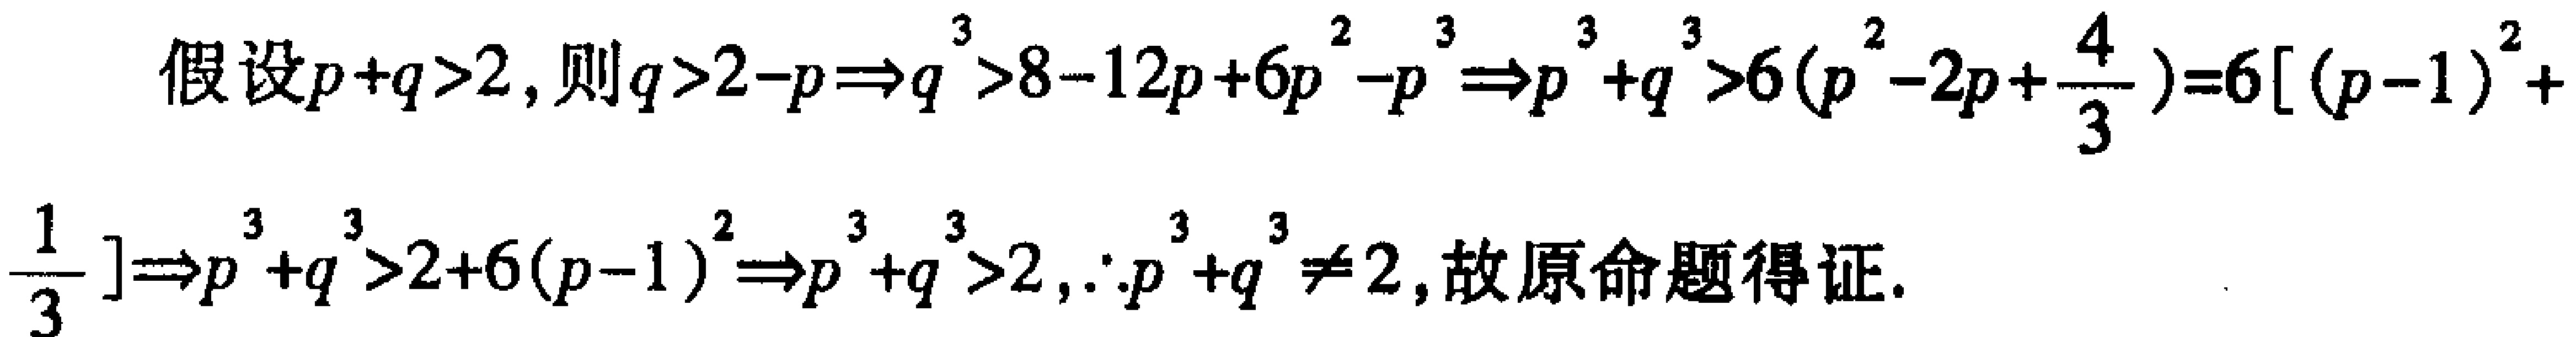
假设\(p + q>2\)，则\(q>2 - p\Rightarrow q^{3}>8 - 12p + 6p^{2}-p^{3}\Rightarrow p^{3}+q^{3}>6(p^{2}-2p+\frac{4}{3}) = 6[(p - 1)^{2}+\frac{1}{3}]\Rightarrow p^{3}+q^{3}>2 + 6(p - 1)^{2}\Rightarrow p^{3}+q^{3}>2,\because p^{3}+q^{3}\neq2\)，故原命题得证.